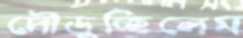
দৌড়ুচ্ছিলেম